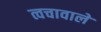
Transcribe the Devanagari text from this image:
त्वचावाले